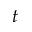
t